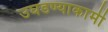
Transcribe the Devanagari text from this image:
उघडण्याकामी